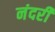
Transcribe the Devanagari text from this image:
नंदरी